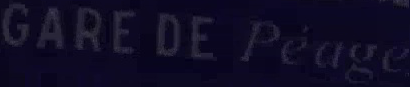
GARE DE Péage